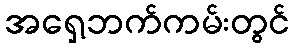
အရှေ့ဘက်ကမ်းတွင်